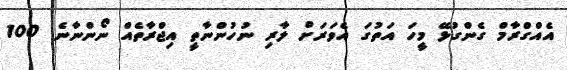
އެއްގްރާމް ގެންގުޅޭ މީހަ އަތުގަ އެވަރަށް ލާރި ނުހުންނާތީ އިޖްރާތެއް ނޯންނާނެ. 100